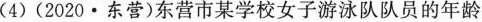
(4)(2020·东营)东营市某学校女子游泳队队员的年龄